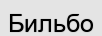
Бильбо